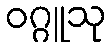
ဝဂ္ဂူသု